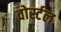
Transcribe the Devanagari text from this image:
वोर्स्टल